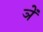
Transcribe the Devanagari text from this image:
ञें